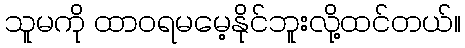
သူမကို ထာဝရမမေ့နိုင်ဘူးလို့ထင်တယ်။